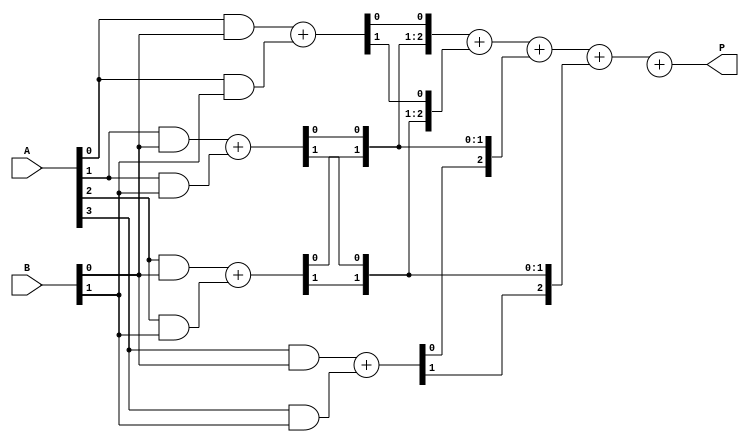
module wallace_tree_multiplier #(parameter N = 4) (
    input  [N-1:0] A,  // Multiplicand A
    input  [N-1:0] B,  // Multiplicand B
    output reg [2*N-1:0] P  // Product output
);

    // Generate partial products
    wire [N-1:0] pp [N-1:0]; // Partial product array

    genvar i, j;
    generate
        for (i = 0; i < N; i = i + 1) begin : partial_products
            for (j = 0; j < N; j = j + 1) begin : pp_gen
                assign pp[i][j] = A[i] & B[j]; // AND operation for partial product
            end
        end
    endgenerate

    // Wallace Tree Reduction
    wire [N-1:0] sum [N-1:0]; // Sums from Wallace tree
    wire [N-1:0] carry [N-1:0]; // Carries from Wallace tree

    // Stage 1: Reduce the partial products
    generate
        for (i = 0; i < N; i = i + 1) begin : stage1
            if (i < N-1) begin
                // Full Adders and Half Adders
                assign {carry[i][0], sum[i][0]} = pp[i][0] + pp[i][1]; // HA
                if (i < N-2) begin
                    assign {carry[i][1], sum[i][1]} = pp[i+1][0] + pp[i+1][1]; // HA
                    assign {carry[i][2], sum[i][2]} = pp[i+2][0] + pp[i+2][1]; // HA
                end
            end
        end
    endgenerate

    // Final Addition
    wire [2*N-1:0] final_sum;
    wire [2*N-1:0] final_carry;

    assign final_sum = {1'b0, sum[0]} + {1'b0, carry[0]} + {1'b0, sum[1]} + {1'b0, carry[1]};

    always @(*) begin
        P = final_sum + final_carry; // Final product assignment
    end

endmodule